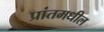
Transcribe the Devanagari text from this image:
प्रांतमधील